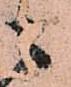
ニ